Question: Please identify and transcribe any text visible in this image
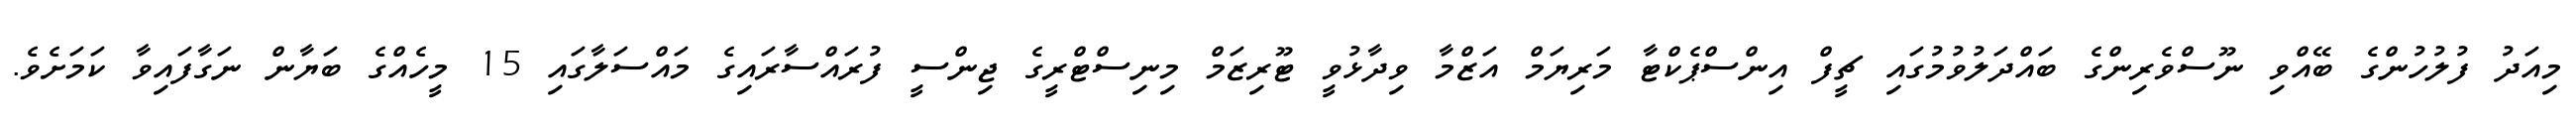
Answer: މިއަދު ފުލުހުންގެ ބޭއްވި ނޫސްވެރިންގެ ބައްދަލުވުމުގައި ޗީފް އިންސްޕެކްޓާ މަރިޔަމް އަޒްމާ ވިދާޅުވީ ޓޫރިޒަމް މިނިސްޓްރީގެ ޖިންސީ ފުރައްސާރައިގެ މައްސަލާގައި 15 މީހެއްގެ ބަޔާން ނަގާފައިވާ ކަމަށެވެ.